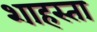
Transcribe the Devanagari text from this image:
शाहस्ता